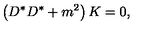
\left( D ^ { * } D ^ { * } + m ^ { 2 } \right) K = 0 ,